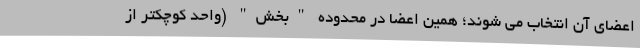
اعضای آن انتخاب می شوند؛ همین اعضا در محدوده "بخش" (واحد کوچکتر از